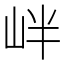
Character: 𡶡